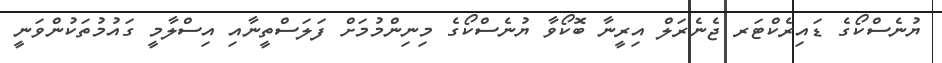
ޔުނެސްކޯގެ ޑައިރެކްޓަރ ޖެނެރަލް އިރީނާ ބޮކޯވާ ޔުނެސްކޯގެ މިނިންމުމަށް ފަލަސްތީނާއި އިސްލާމީ ގައުމުތަކުންވަނީ